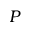
P